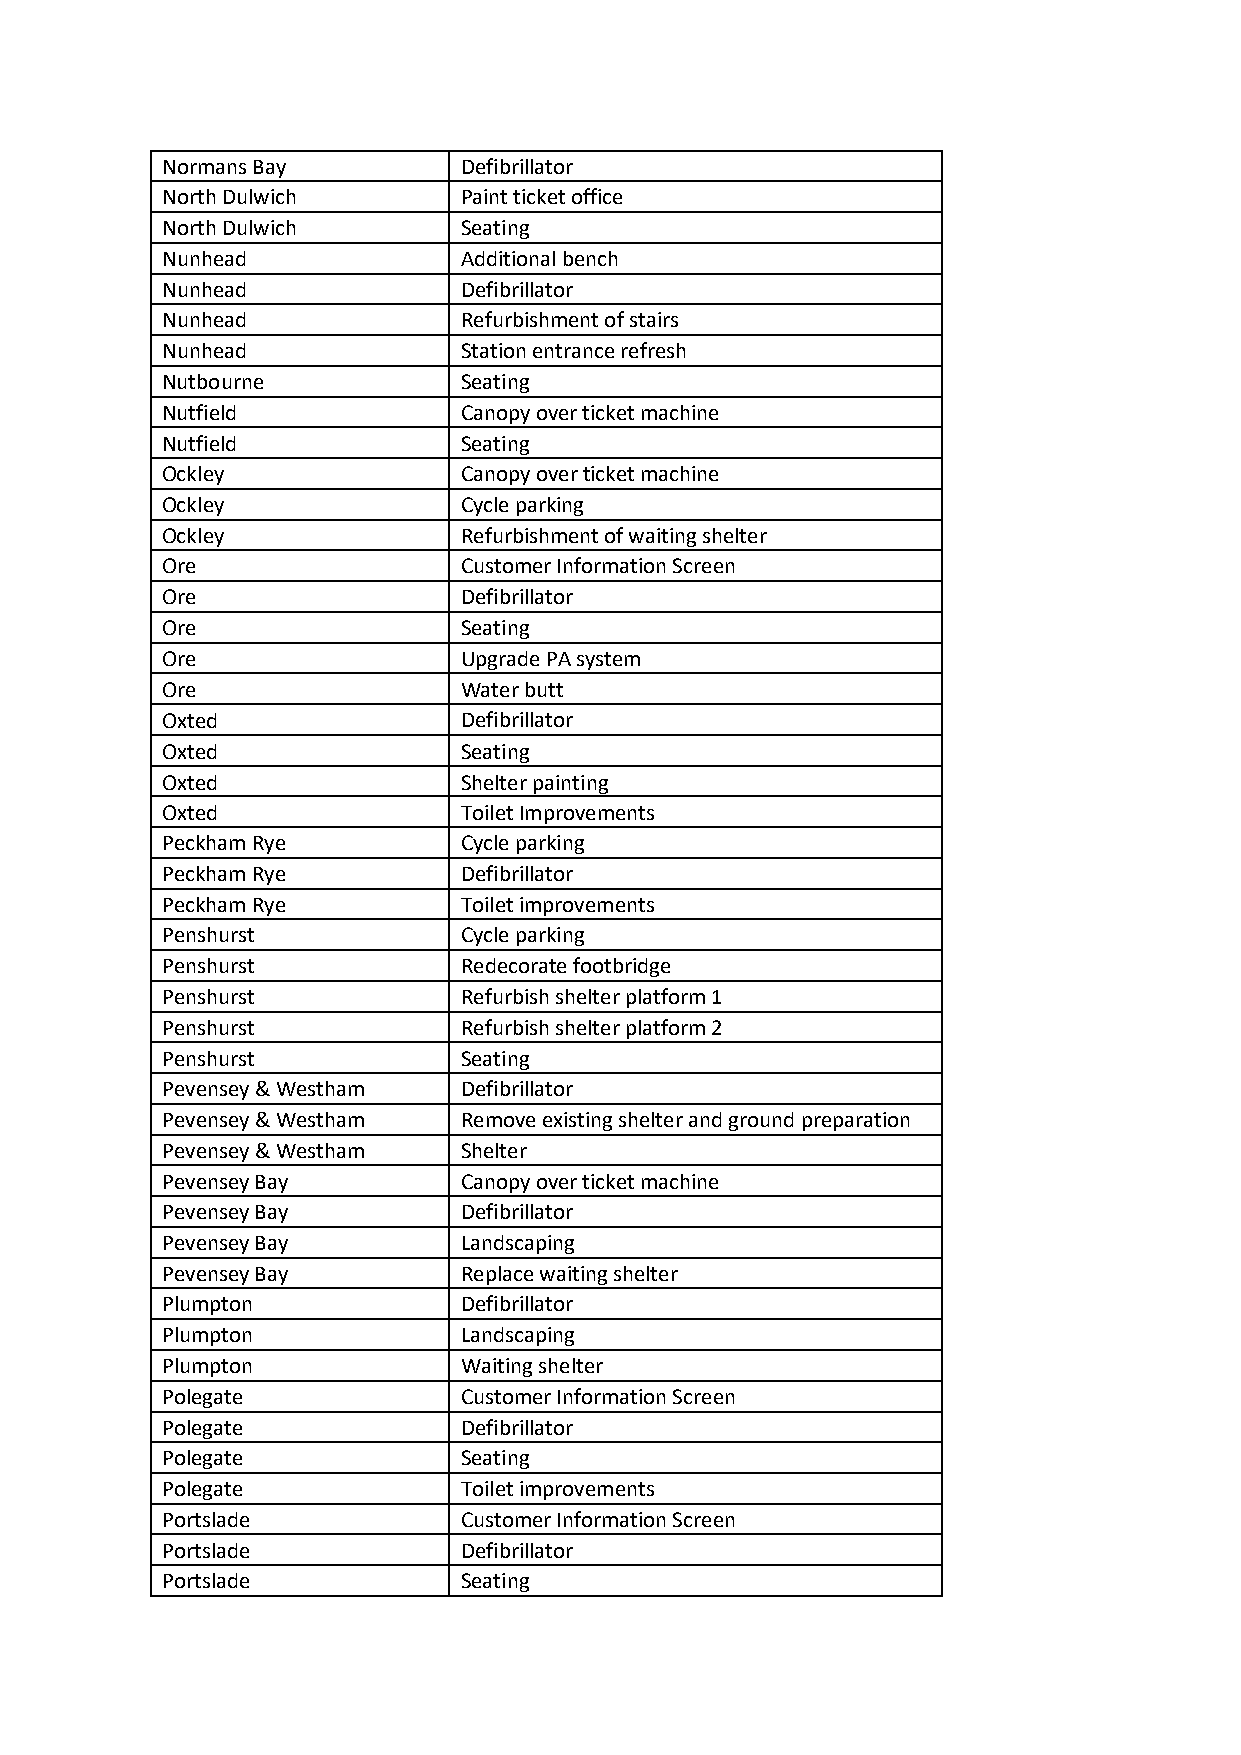
Normans Bay        Defibrillator
 North Dulwich      Paint ticket office
 North Dulwich      Seating
 Nunhead            Additional bench
 Nunhead            Defibrillator
 Nunhead            Refurbishment of stairs
 Nunhead            Station entrance refresh
 Nutbourne          Seating
 Nutfield           Canopy over ticket machine
 Nutfield           Seating
 Ockley             Canopy over ticket machine
 Ockley             Cycle parking
 Ockley             Refurbishment of waiting shelter
 Ore                Customer Information Screen
 Ore                Defibrillator
 Ore                Seating
 Ore                Upgrade PA system
 Ore                Water butt
 Oxted              Defibrillator
 Oxted              Seating
 Oxted              Shelter painting
 Oxted              Toilet Improvements
 Peckham Rye        Cycle parking
 Peckham Rye        Defibrillator
 Peckham Rye        Toilet improvements
 Penshurst          Cycle parking
 Penshurst          Redecorate footbridge
 Penshurst          Refurbish shelter platform 1
 Penshurst          Refurbish shelter platform 2
 Penshurst          Seating
 Pevensey & Westham Defibrillator
 Pevensey & Westham Remove existing shelter and ground preparation
 Pevensey & Westham Shelter
 Pevensey Bay       Canopy over ticket machine
 Pevensey Bay       Defibrillator
 Pevensey Bay       Landscaping
 Pevensey Bay       Replace waiting shelter
 Plumpton           Defibrillator
 Plumpton           Landscaping
 Plumpton           Waiting shelter
 Polegate           Customer Information Screen
 Polegate           Defibrillator
 Polegate           Seating
 Polegate           Toilet improvements
 Portslade          Customer Information Screen
 Portslade          Defibrillator
 Portslade          Seating